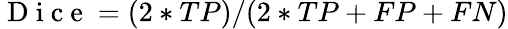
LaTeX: \mathrm{~D~i~c~e~}=(2*TP)/(2*TP+FP+FN)